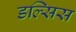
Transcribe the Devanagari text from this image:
डल्सिस